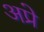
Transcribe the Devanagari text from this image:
अप्रे